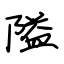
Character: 隘